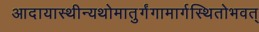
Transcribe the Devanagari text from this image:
आदायास्थीन्यथोमातुर्गंगामार्गस्थितोभवत्